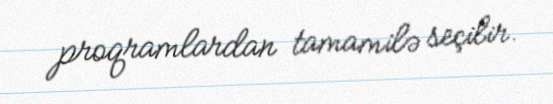
proqramlardan tamamilə seçilir.